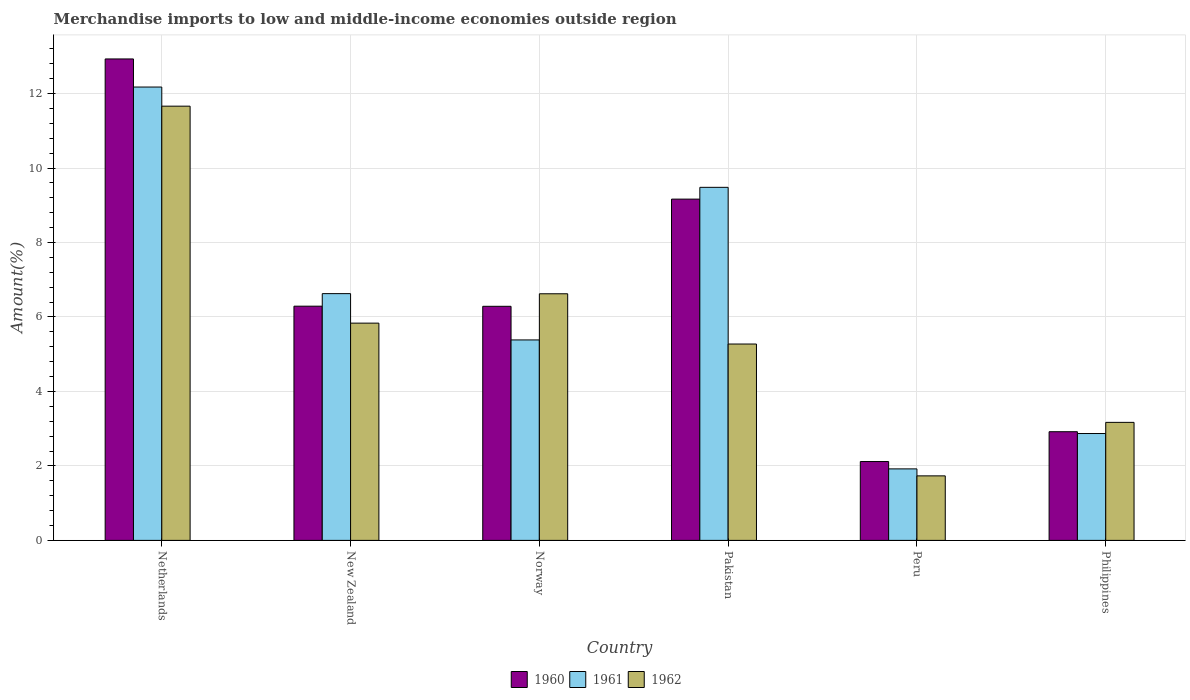
| Country | 1960 | 1961 | 1962 |
 | --- | --- | --- | --- |
 | Netherlands | 12.9 | 12.2 | 11.7 |
 | New Zealand | 6.29 | 6.63 | 5.83 |
 | Norway | 6.29 | 5.38 | 6.62 |
 | Pakistan | 9.17 | 9.48 | 5.27 |
 | Peru | 2.12 | 1.92 | 1.73 |
 | Philippines | 2.92 | 2.87 | 3.17 |